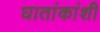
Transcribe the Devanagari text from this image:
घातांकांशी